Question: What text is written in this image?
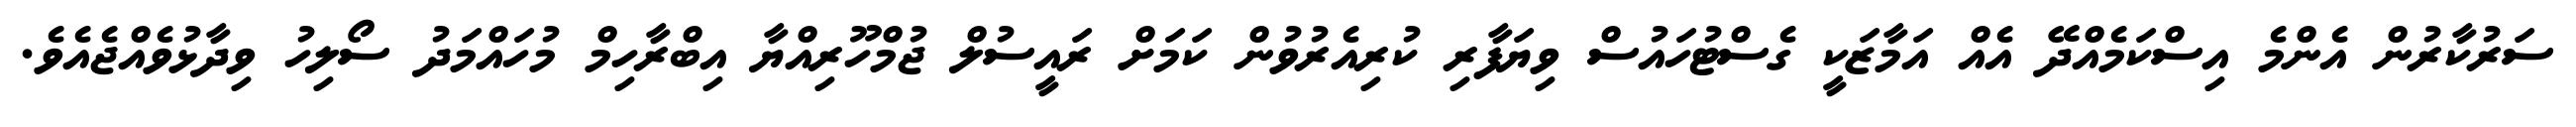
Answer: ސަރުކާރުން އެންމެ އިސްކަމެއްދޭ އެއް އަމާޒަކީ ގެސްޓުހައުސް ވިޔަފާރި ކުރިއެރުވުން ކަމަށް ރައީސުލް ޖުމްހޫރިއްޔާ އިބްރާހިމް މުހައްމަދު ސޯލިހު ވިދާޅުވެއްޖެއެވެ.